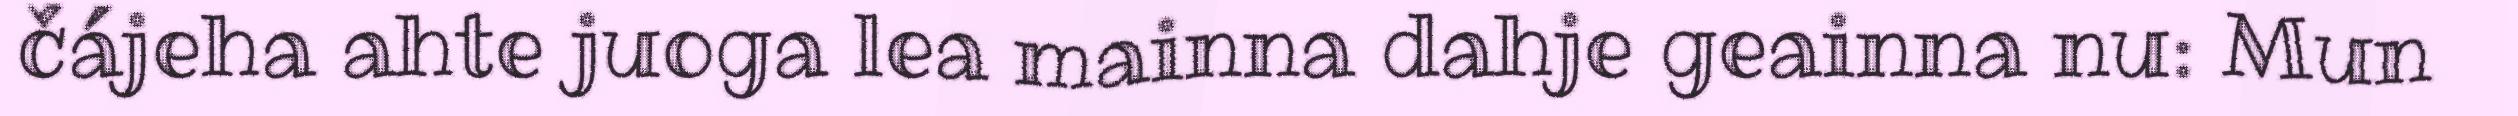
čájeha ahte juoga lea mainna dahje geainna nu: Mun